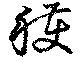
穫